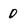
Character: 0